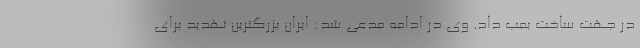
در جهت ساخت بمب داد. وی در ادامه مدعی شد: ایران بزرگترین تهدید برای